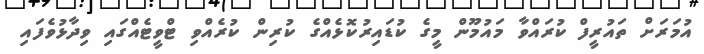
އުމަރަށް ތައުރީފް ކުރައްވާ މައުމޫން މީގެ ކުޑައިރުކޮޅެއްގެ ކުރިން ކުރެއްވި ޓްވީޓެއްގައި ވިދާޅުވެފައި